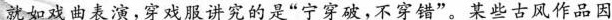
如戏曲表演，穿戏服讲究的是”宁穿破，不穿错”。某些古风作品因